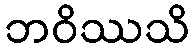
ဘဝိဿသိ